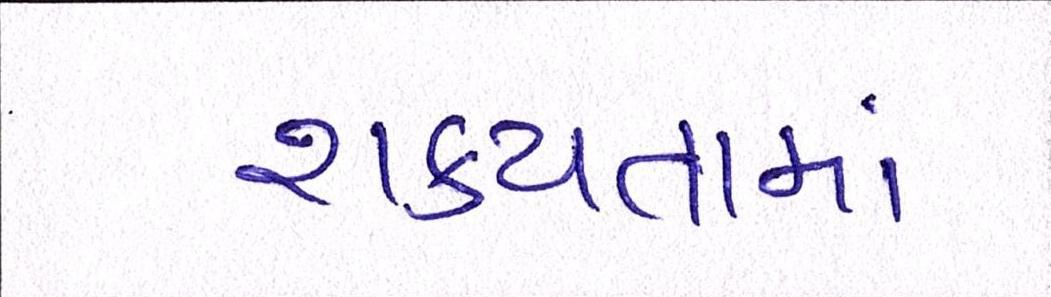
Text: શકયતામાં